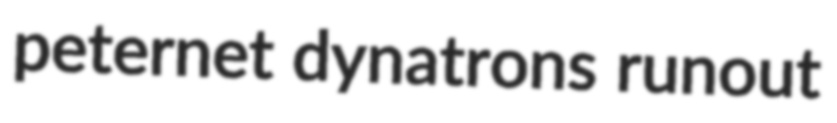
peternet dynatrons runout